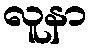
လူနာ